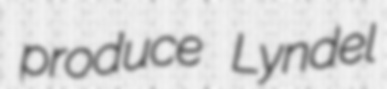
produce Lyndel